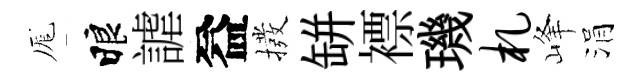
厖睱謔益撥缾褾璣札峰涓